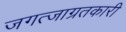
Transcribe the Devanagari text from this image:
जगत्जाग्रतकारी